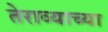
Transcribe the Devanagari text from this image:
तेराव्याच्या